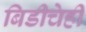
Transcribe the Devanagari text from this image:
बिडीचेही